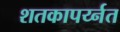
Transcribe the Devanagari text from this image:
शतकापर्य्नत